On the action of the venoms of the cobra (Naja tripudians) and of the daboia (Daboia russellii) on the red blood corpuscles and on the blood plasma - Number 4
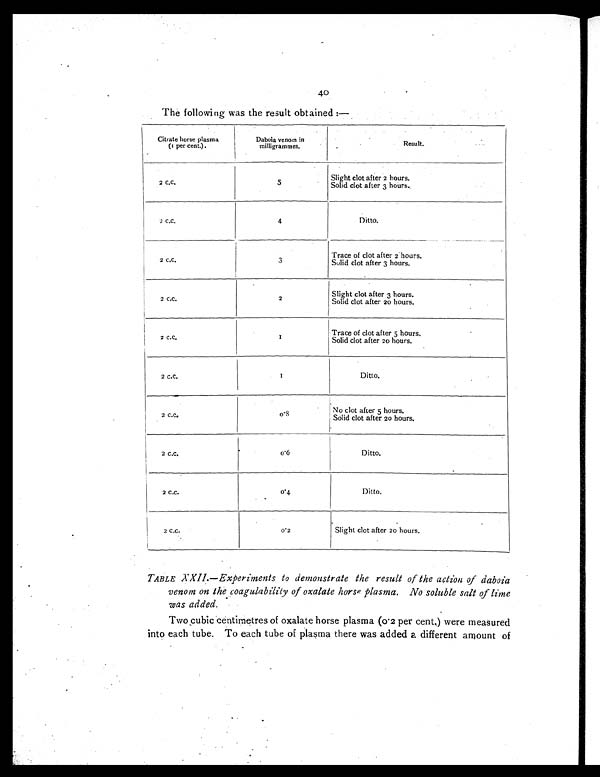
40
The following was the result obtained :—
Citrate horse plasma
(1 per cent.).
Daboia venom in
milligrammes.
Result.
2 c.c.
5
Slight clot after 2 hours.
Solid clot after 3 hours.
2 c.c.
4
Ditto.
2 c.c.
3
Trace of clot after 2 hours.
Solid clot after 3 hours.
2 c.c.
2
Slight clot after 3 hours.
Solid clot after 20 hours.
2 c.c.
1
Trace of clot after 5 hours.
Solid clot after 20 hours.
2 c.c.
1
Ditto.
2 c.c.
0 . 8
No clot after 5 hours.
Solid clot after 20 hours.
2 c.c.
0 . 6
Ditto.
2 c.c.
0.4
Ditto.
2 c.c.
0.2
Slight clot after 20 hours.
TABLE XXII.—Experiments to demonstrate the result of the action of daboia
venom on the coagulability of oxalate horse plasma. No soluble salt of lime
was added.
Two cubic centimetres of oxalate horse plasma (0.2 per cent,) were measured
into each tube. To each tube of plasma there was added a different amount of